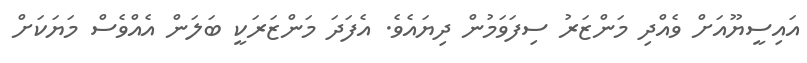
އައިސީޔޫއަށް ވެއްދި މަންޒަރު ސިފަވަމުން ދިޔައެވެ. އެފަދަ މަންޒަރަކީ ބަލަން އެއްވެސް މަޔަކަށް